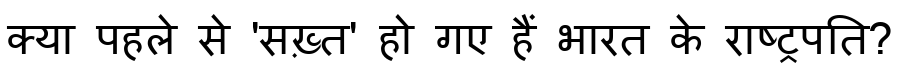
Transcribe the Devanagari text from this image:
क्या पहले से 'सख़्त' हो गए हैं भारत के राष्ट्रपति?